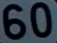
60